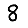
Digit: 8